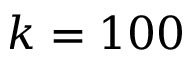
k = 1 0 0